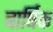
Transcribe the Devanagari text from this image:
बार्षिक